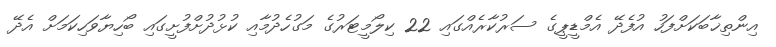
އިންތިޚާބަކަށްފަހު އުފެދޭ އެމްޑީޕީގެ ސަރުކާރެއްގައި 22 ކިލޯމީޓަރުގެ މަގުހެދުމާއި ކުޅުދުށްފުށީގައި ބޯހިޔާވަހިކަމަށް އެދޭ